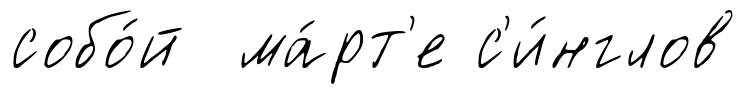
собо́й ма́рт'е с'и́нглов